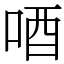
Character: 唒